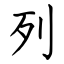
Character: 列